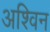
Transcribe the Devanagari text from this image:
अश्‍िवन